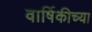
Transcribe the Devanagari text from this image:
वार्षिकीच्या